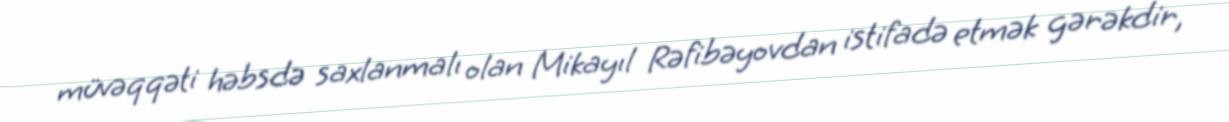
müvəqqəti həbsdə saxlanmalı olan Mikayıl Rəfibəyovdan istifadə etmək gərəkdir,